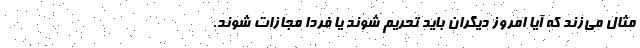
مثال می‌زند که آیا امروز دیگران باید تحریم شوند یا فردا مجازات شوند.